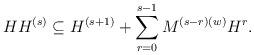
LaTeX: \begin{align*}H H^{(s)}\subseteq H^{(s+1)}+\sum_{r=0}^{s-1} M^{(s-r)(w)} H^r.\end{align*}